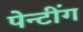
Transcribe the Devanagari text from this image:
पेन्टींग